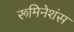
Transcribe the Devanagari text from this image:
रूमिनेशंस